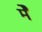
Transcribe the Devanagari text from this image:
मेेें